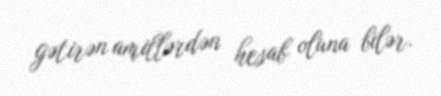
gətirən amillərdən hesab oluna bilər.